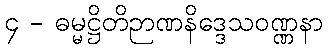
၄ - ဓမ္မဋ္ဌိတိဉာဏနိဒ္ဒေသဝဏ္ဏနာ